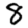
Digit: 8